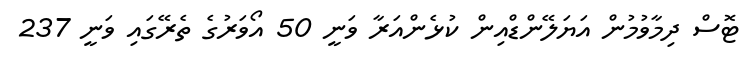
ޓޮސް ދިމާވުމުން އަޔަލޭންޑްއިން ކުޅެންއަރާ ވަނީ 50 އޯވަރުގެ ތެރޭގައި ވަނީ 237